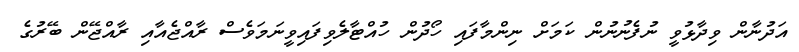
އަދުނާން ވިދާޅުވީ ނުފެނުނުން ކަމަށް ނިންމާފައި ހޯދުން ހުއްޓާލެވިފައިވީނަމަވެސް ރާއްޖެއާއި ރާއްޖޭން ބޭރުގެ